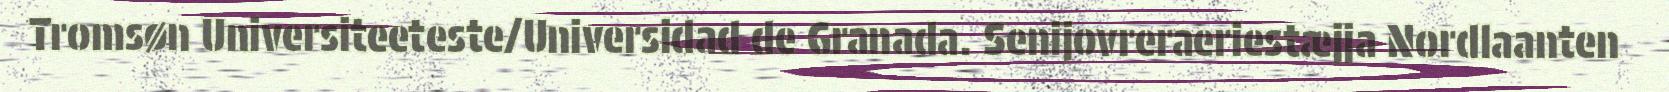
Tromsøn Universiteeteste/Universidad de Granada. Senijovreraeriestæjja Nordlaanten